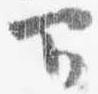
下